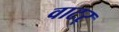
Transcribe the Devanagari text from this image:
वाटर्